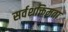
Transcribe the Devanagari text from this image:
सर्वशक्तिमता